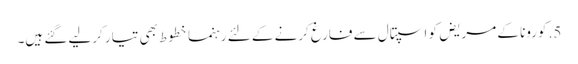
5. کورونا کے مریض کو اسپتال سے فارغ کرنے کے لئے رہنما خطوط بھی تیار کرلیے گئے ہیں۔